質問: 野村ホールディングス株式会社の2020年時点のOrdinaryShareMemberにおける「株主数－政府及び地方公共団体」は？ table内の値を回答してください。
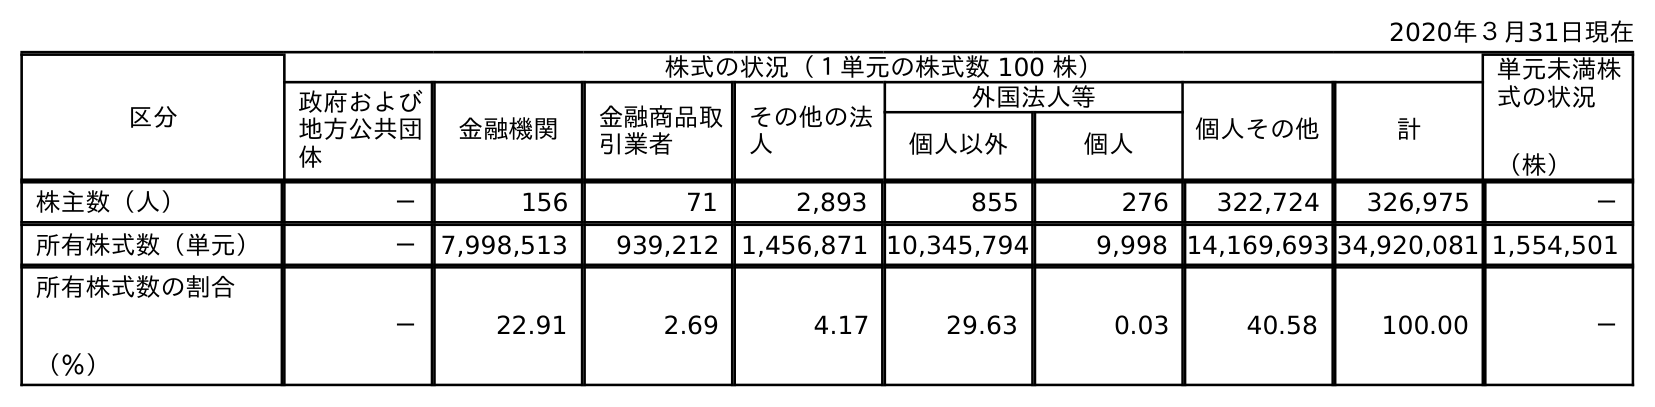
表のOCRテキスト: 2020年３月31日現在 区分 株式の状況（１単元の株式数 100 株） 単元未満株 式の状況 （株） 政府および 地方公共団 体 金融機関 金融商品取 引業者 その他の法 人 外国法人等 個人その他 計 個人以外 個人 株主数（人） － 156 71 2,893 855 276 322,724 326,975 － 所有株式数（単元） － 7,998,513 939,212 1,456,871 10,345,794 9,998 14,169,693 34,920,081 1,554,501 所有株式数の割合 （％） － 22.91 2.69 4.17 29.63 0.03 40.58 100.00 －
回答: －